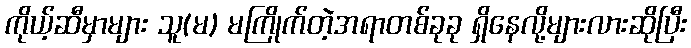
ကိုယ့်ဆီမှာများ သူ(မ) မကြိုက်တဲ့အရာတစ်ခုခု ရှိနေလို့များလားဆိုပြီး